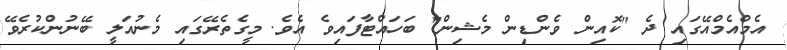
އެމްއެމްއޭގައި ދެ "ކޮއިން ވެންޑިން މެޝިން" ބަހައްޓާފައިވެ އެވެ. މީގެތެރޭގައި މެނުއަލީ ބޭނުންކުރެވޭ